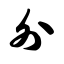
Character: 外